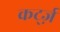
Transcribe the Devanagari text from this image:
कर्ट्ज़